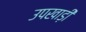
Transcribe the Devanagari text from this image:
उपखाड़ी